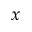
x